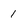
Character: 1